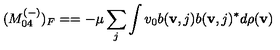
( M _ { 0 4 } ^ { ( - ) } ) _ { F } = = - \mu \sum _ { j } \int v _ { 0 } b ( { \bf v } , j ) b ( { \bf v } , j ) ^ { * } d \rho ( { \bf v } )